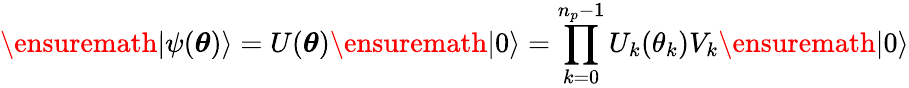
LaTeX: \ensuremath{\lvert{\psi({\boldsymbol{\theta}})}\rangle}=U({\boldsymbol{\theta}})\ensuremath{\lvert{0}\rangle}=\prod_{k=0}^{n_{p}-1}U_{k}(\theta_{k})V_{k}\ensuremath{\lvert{0}\rangle}